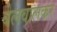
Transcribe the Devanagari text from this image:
बेलवालकर